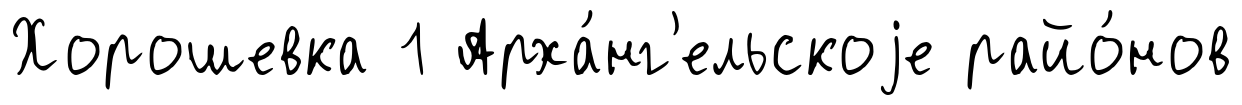
Хорошевка 1 Арха́нг'ельскоjе райо́нов